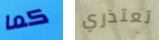
كما تعتذري